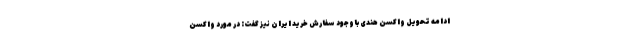
ادامه تحویل واکسن هندی باوجود سفارش خرید ایران نیز گفت: در مورد واکسن